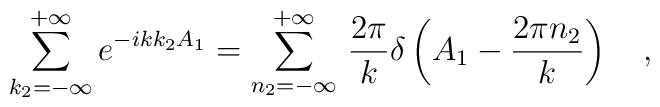
\sum_{k_2=-\infty}^{+\infty}e^{-ikk_2A_1}=\sum_{n_2=-\infty}^{+\infty}\,\frac{2\pi}{k}\delta\left(A_1-\frac{2\pi n_2}{k}\right)\ \ \ ,